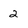
Character: 2